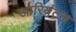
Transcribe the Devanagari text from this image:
आरियंटल